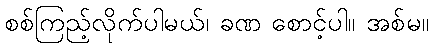
စစ်ကြည့်လိုက်ပါမယ်၊ ခဏ စောင့်ပါ။ အစ်မ။